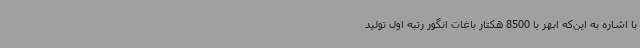
با اشاره به این‌که ابهر با 8500 هکتار باغات انگور رتبه اول تولید